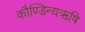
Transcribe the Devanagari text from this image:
कौण्डिन्यऋषि